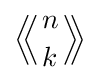
\left\langle \!\!\left\langle {n \atop k}\right\rangle \!\!\right\rangle